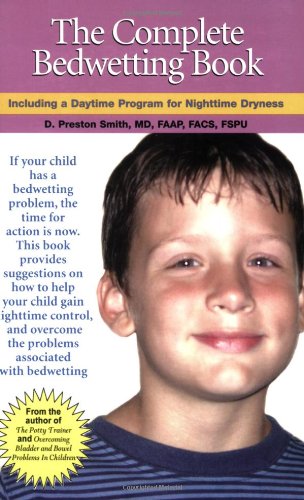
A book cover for The Complete Bedwetting Book: Including a Daytime Program for Nighttime Dryness; D. Preston, M.D. Smith; Health, Fitness & Dieting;